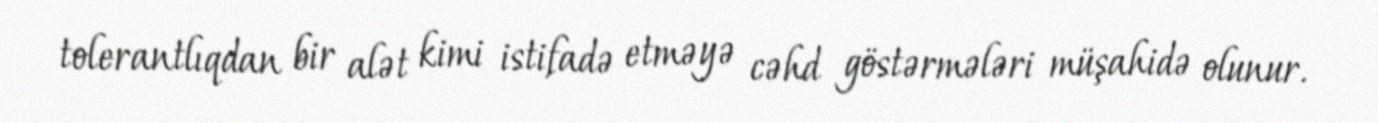
tolerantlıqdan bir alət kimi istifadə etməyə cəhd göstərmələri müşahidə olunur.